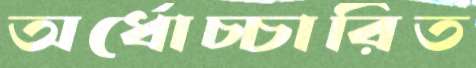
অর্ধোচ্চারিত